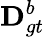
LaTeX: \mathbf{D}_{gt}^{b}